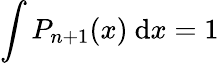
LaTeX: \int P_{n+1}(x)\ \mathrm{d}x=1